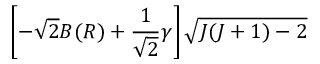
\left[ - \sqrt { 2 } B ( R ) + \frac { 1 } { \sqrt { 2 } } \ensuremath { \gamma } \right] \sqrt { J ( J + 1 ) - 2 }